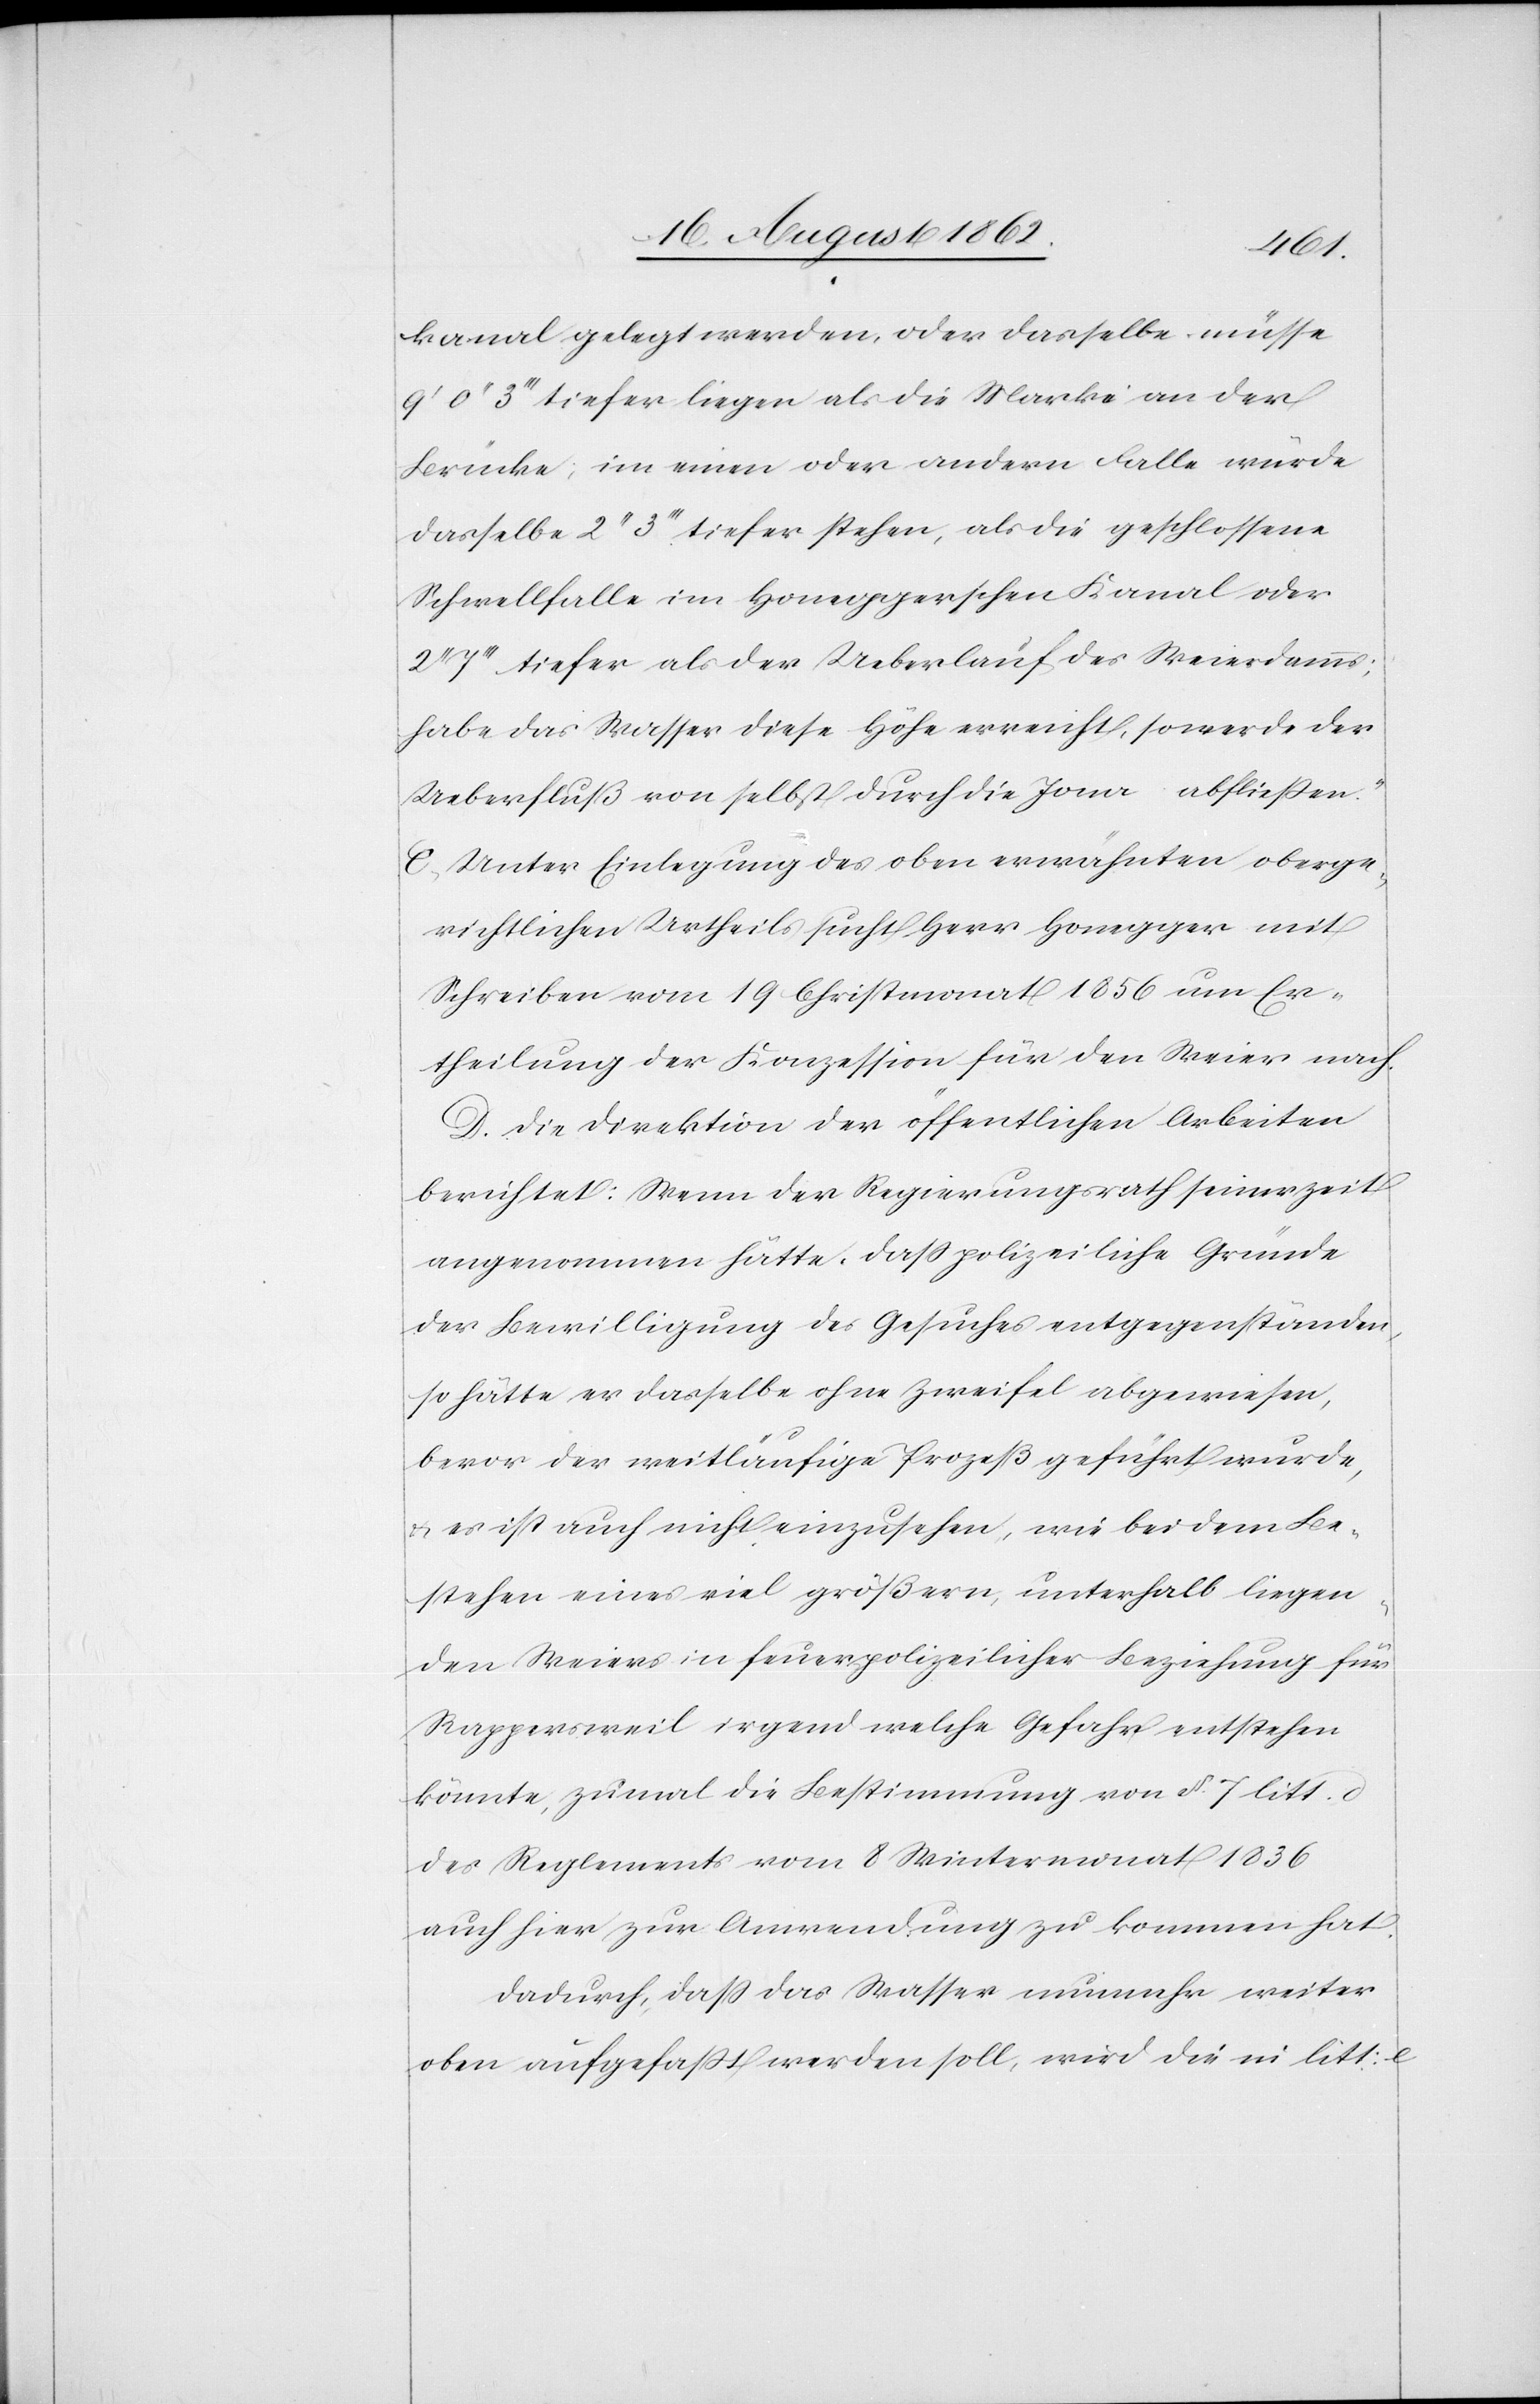
kanal gelegt werden, oder dasselbe müsse
9’ 0’’ 3’’’ tiefer liegen als die Marke an der
Brücke; im einen oder andern Falle würde
dasselbe 2’’ 3’’’ tiefer stehen, als die geschlossene
Schwellfalle im Honeggerschen Kanal oder
7’’’ tiefer als der Ueberlauf des Weierdamms;
habe das Wasser diese Höhe erreicht, so werde der
Ueberfluß von selbst durch die Jona abfließen.“
C. Unter Einlegung des oben erwähnten oberge¬
richtlichen Urheils sucht Herr Honegger mit
Schreiben vom 19. Christmonat 1856 um Er¬
theilung der Konzession für den Weier nach.
D. Die Direktion der öffentlichen Arbeiten
berichtet: Wenn der Regierungsrath seinerzeit
angenommen hätte, daß polizeiliche Gründe
der Bewilligung des Gesuches entgegenständen,
so hätte er dasselbe ohne Zweifel abgewiesen,
bevor der weitläufige Prozeß geführt wurde,
u. es ist auch nicht einzusehen, wie bei dem Be¬
stehen eines viel größern, unterhalb liegen¬
den Weiers in feuerpolizeilicher Beziehung für
Rappersweil irgend welche Gefahr entstehen
könnte, zumal die Bestimmung von §. 7 litt. d
des Reglements vom 8. Wintermonat 1836
auch hier zur Anwendung zu kommen hat.
Dadurch, daß das Wasser nunmehr weiter
oben aufgefaßt werden soll, wird die in litt. e